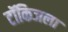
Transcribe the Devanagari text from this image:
टॉकिजला